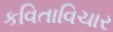
કવિતાવિચાર